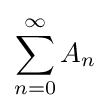
\sum _{n=0}^{\infty }A_{n}